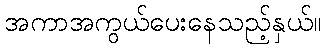
အကာအကွယ်ပေးနေသည့်နှယ်။